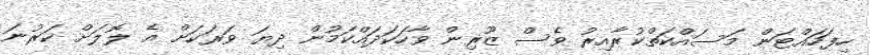
ހިފަހައްޓަން މަސައްކަތްކުރާއިރު ވެސް ޒޫރިން ވާހަކަދައްކަމުން ދިޔަ ވަރަކަށް އެ ލޮލަށް ކަރުނަ